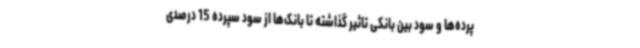
پرده‌ها و سود بین بانکی تاثیر گذاشته تا بانک‌ها از سود سپرده 15 درصدی